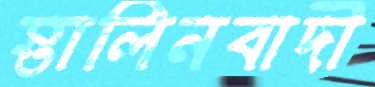
স্তালিনবাদী